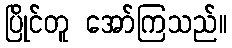
ပြိုင်တူ အော်ကြသည်။